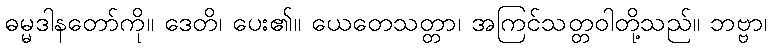
ဓမ္မဒါနတော်ကို။ ဒေတိ၊ ပေး၏။ ယေတေသတ္တာ၊ အကြင်သတ္တဝါတို့သည်။ ဘဗ္ဗာ၊